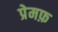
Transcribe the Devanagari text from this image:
प्रेमफ़